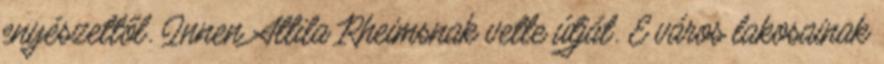
enyészettől. Innen Attila Rheimsnak vette útját. E város lakosainak